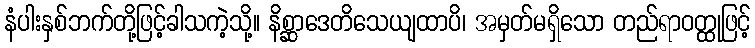
နံပါးနှစ်ဘက်တို့ဖြင့်ခါသကဲ့သို့။ နိစ္ဆာဒေတိသေယျထာပိ၊ အမှတ်မရှိသော တည်ရာဝတ္ထုဖြင့်